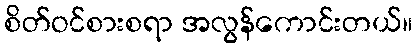
စိတ်ဝင်စားစရာ အလွန်ကောင်းတယ်။